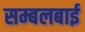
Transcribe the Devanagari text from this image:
सम्बलबाई